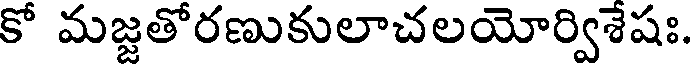
కో మజ్జతోరణుకులాచలయోర్విశేషః.